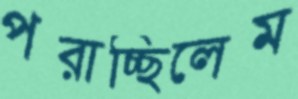
পরাচ্ছিলেম